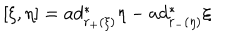
[ \xi , \eta ] = a d _ { r _ { + } ( \xi ) } ^ { \ast } \eta - a d _ { r _ { - } ( \eta ) } ^ { \ast } \xi